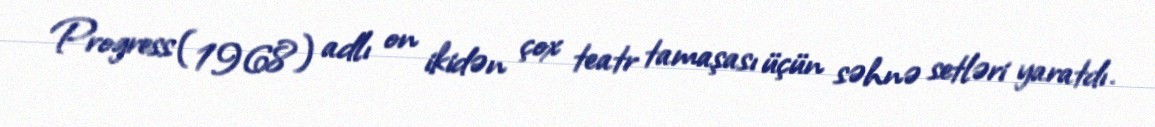
Progress (1968) adlı on ikidən çox teatr tamaşası üçün səhnə setləri yaratdı.